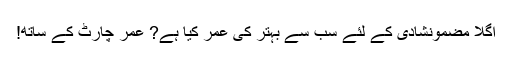
اگلا مضمونشادی کے لئے سب سے بہتر کی عمر کیا ہے? عمر چارٹ کے ساتھ!